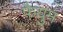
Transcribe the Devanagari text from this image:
फैयुम